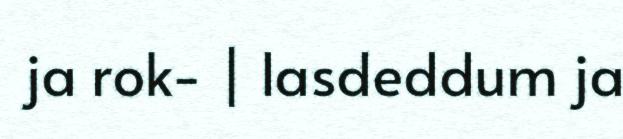
ja rok- | lasdeddum ja